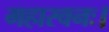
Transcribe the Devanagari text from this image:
महास्वनः।